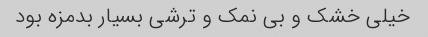
خیلی خشک و بی نمک و ترشی بسیار بدمزه بود